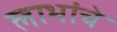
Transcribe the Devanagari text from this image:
लाभांचे